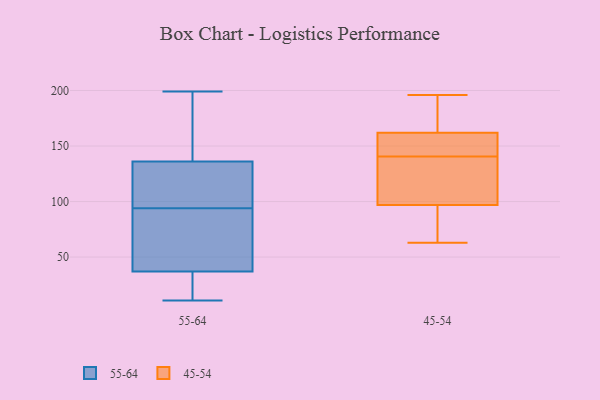
{"axis": {"x": "Churn Rate (%)", "y": "Value"}, "legend": ["45-54", "55-64"], "data": [{"x": "", "y": 180, "type": "55-64"}, {"x": "", "y": 102, "type": "55-64"}, {"x": "", "y": 199, "type": "55-64"}, {"x": "", "y": 27, "type": "55-64"}, {"x": "", "y": 86, "type": "55-64"}, {"x": "", "y": 76, "type": "55-64"}, {"x": "", "y": 53, "type": "55-64"}, {"x": "", "y": 196, "type": "55-64"}, {"x": "", "y": 107, "type": "55-64"}, {"x": "", "y": 136, "type": "55-64"}, {"x": "", "y": 132, "type": "55-64"}, {"x": "", "y": 37, "type": "55-64"}, {"x": "", "y": 11, "type": "55-64"}, {"x": "", "y": 21, "type": "55-64"}, {"x": "", "y": 170, "type": "45-54"}, {"x": "", "y": 68, "type": "45-54"}, {"x": "", "y": 132, "type": "45-54"}, {"x": "", "y": 97, "type": "45-54"}, {"x": "", "y": 154, "type": "45-54"}, {"x": "", "y": 63, "type": "45-54"}, {"x": "", "y": 196, "type": "45-54"}, {"x": "", "y": 162, "type": "45-54"}, {"x": "", "y": 180, "type": "45-54"}, {"x": "", "y": 75, "type": "45-54"}, {"x": "", "y": 116, "type": "45-54"}, {"x": "", "y": 132, "type": "45-54"}, {"x": "", "y": 152, "type": "45-54"}, {"x": "", "y": 149, "type": "45-54"}]}